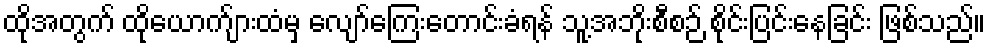
ထိုအတွက် ထိုယောက်ျားထံမှ လျော်ကြေးတောင်းခံရန် သူ့အဘိုးစီစဉ် စိုင်းပြင်းနေခြင်း ဖြစ်သည်။